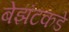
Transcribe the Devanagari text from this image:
बेझंटकडे